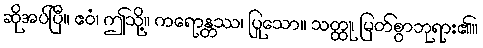
ဆိုအပ်ပြီ။ ဧဝံ၊ ဤသို့။ ကရောန္တဿ၊ ပြုသော။ သတ္ထု၊ မြတ်စွာဘုရား၏။